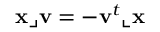
\mathbf { x } \lrcorner \mathbf { v } = - \mathbf { v } ^ { t } \llcorner \mathbf { x }